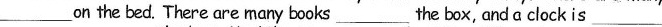
___on the bed. There are many books ___the box, and a clock is ___